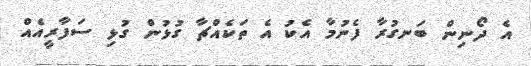
އެ ދޯނިން ބަނގުރާ ފެނުމާ އެކު އެ ތަކެއްޗާ ގުޅުން ގުޅި ސަފާރީއެއް